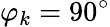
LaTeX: \varphi_{k}=90^{\circ}